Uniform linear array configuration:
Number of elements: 48
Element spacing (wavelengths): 1
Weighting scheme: exponential
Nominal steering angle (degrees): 45
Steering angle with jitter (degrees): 46.551
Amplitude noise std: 0.05
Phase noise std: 0.05

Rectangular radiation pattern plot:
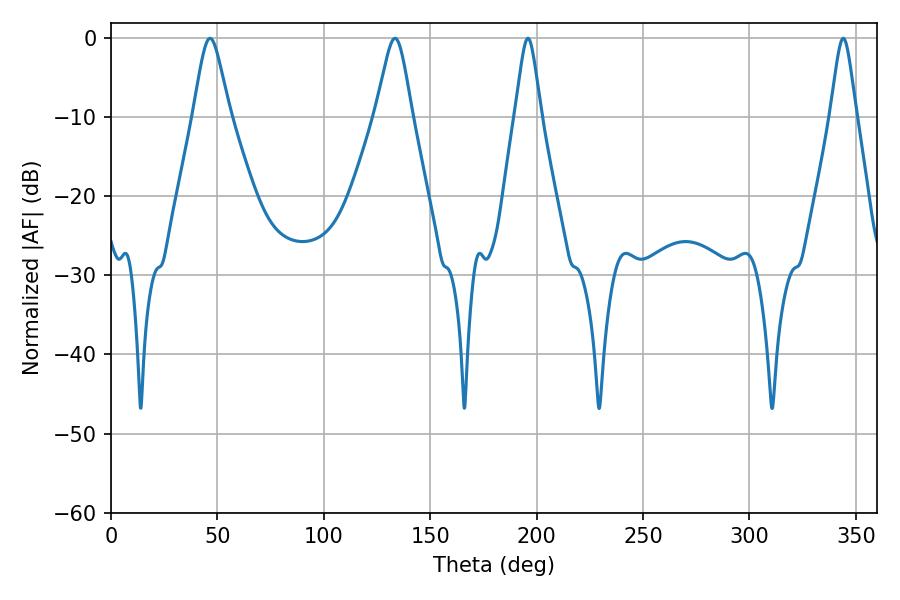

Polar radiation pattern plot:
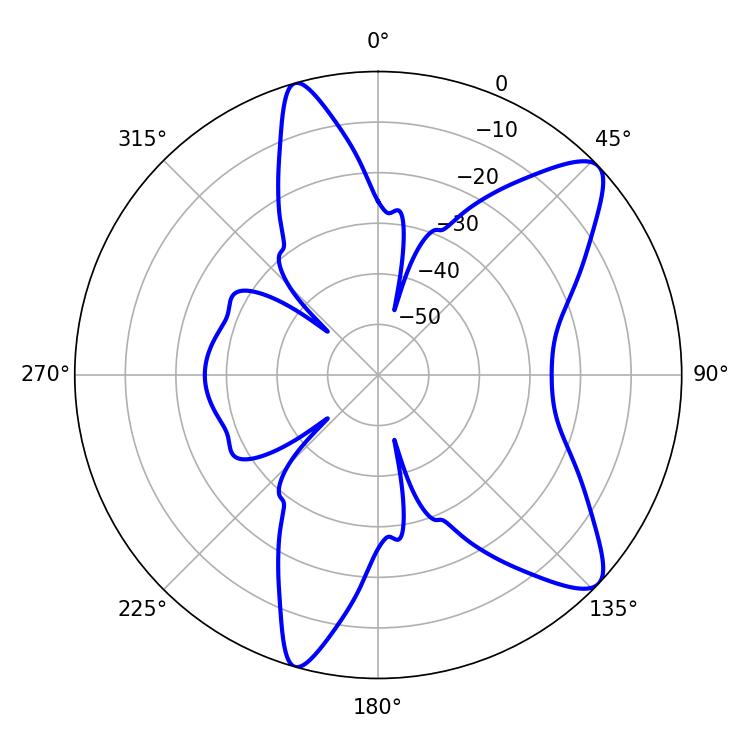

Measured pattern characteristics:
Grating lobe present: TRUE
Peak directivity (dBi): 10.167
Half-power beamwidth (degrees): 8.46
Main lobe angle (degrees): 46.62